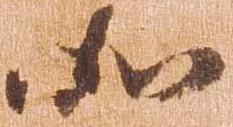
如